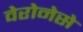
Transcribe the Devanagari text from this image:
वेरोनेसे